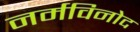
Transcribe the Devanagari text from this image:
नर्मविनोद